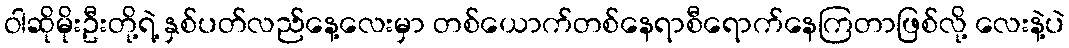
ဝါဆိုမိုးဦးတို့ရဲ့ နှစ်ပတ်လည်နေ့လေးမှာ တစ်ယောက်တစ်နေရာစီရောက်နေကြတာဖြစ်လို့ လေးနဲ့ပဲ